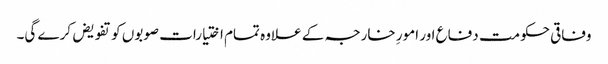
وفاقی حکومت دفاع اور امورِ خارجہ کے علاوہ تمام اختیارات صوبوں کو تفویض کرے گی۔